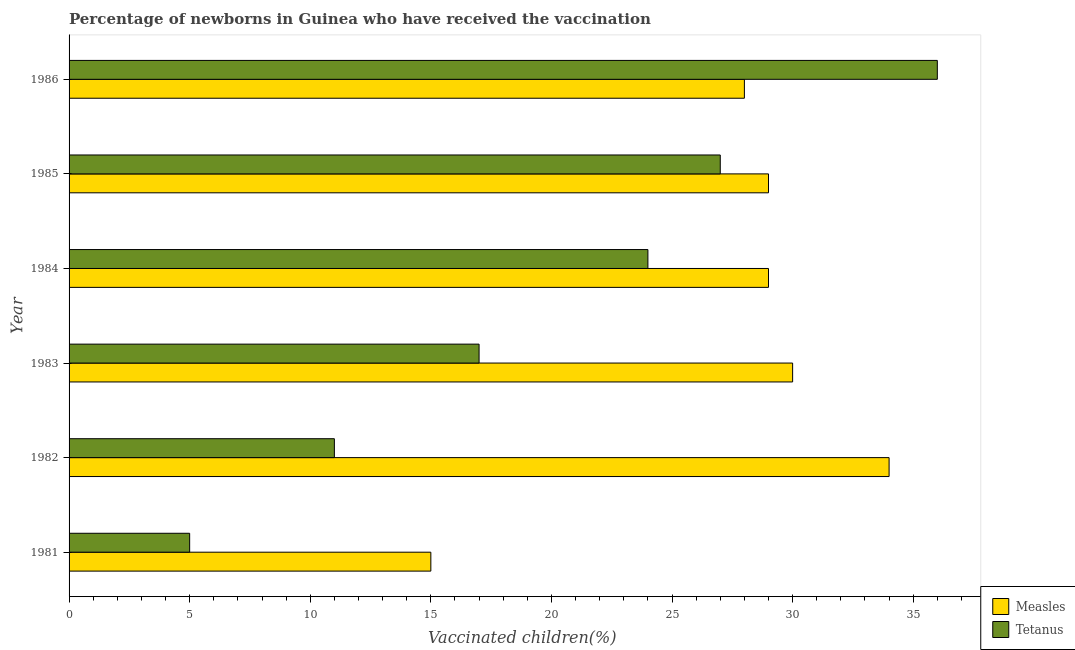
| Year | Measles | Tetanus |
 | --- | --- | --- |
 | 1981 | 15 | 5 |
 | 1982 | 34 | 11 |
 | 1983 | 30 | 17 |
 | 1984 | 29 | 24 |
 | 1985 | 29 | 27 |
 | 1986 | 28 | 36 |